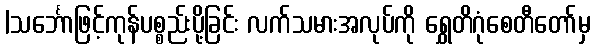
|သင်္ဘောဖြင့်ကုန်ပစ္စည်းပို့ခြင်း လက်သမားအလုပ်ကို ရွှေတိဂုံစေတီတော်မှ